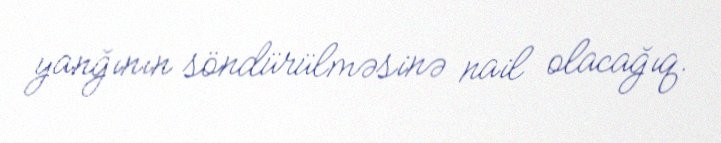
yanğının söndürülməsinə nail olacağıq.